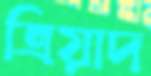
ত্রিয়াদ